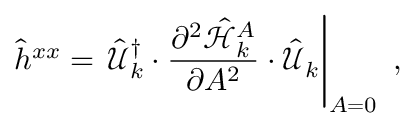
\hat { h } ^ { x x } = \left. \hat { \mathcal { U } } _ { k } ^ { \dagger } \cdot \frac { \partial ^ { 2 } \hat { \mathcal { H } } _ { k } ^ { A } } { \partial A ^ { 2 } } \cdot \hat { \mathcal { U } } _ { k } \right\vert _ { A = 0 } \mathrm { ~ , ~ }